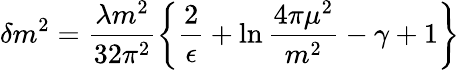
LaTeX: \delta m^{2}=\frac{\lambda m^{2}}{32\pi^{2}}\left\{ \frac{2}{\epsilon}+\ln{\frac{4\pi\mu^{2}}{m^{2}}}-\gamma+1\right\}